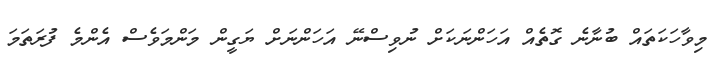
މިވާހަކަތައް ބުނާނެ ގޮތެއް އަހަންނަކަށް ނުވިސްނޭ އަހަންނަށް ޔަގީން މަންމަވެސް އެންމެ ފުރަތަމަ